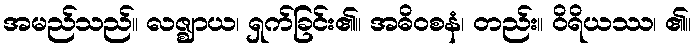
အမည်သည်။ လဇ္ဈာယ၊ ရှက်ခြင်း၏။ အဓိဝစနံ၊ တည်း။ ဝိရိယဿ၊ ၏။